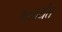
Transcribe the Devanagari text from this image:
१७पर्यंत